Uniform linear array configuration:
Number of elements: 64
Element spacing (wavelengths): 1
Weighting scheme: hamming
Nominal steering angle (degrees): -45
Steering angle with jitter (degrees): -46.038
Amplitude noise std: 0.05
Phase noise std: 0.05

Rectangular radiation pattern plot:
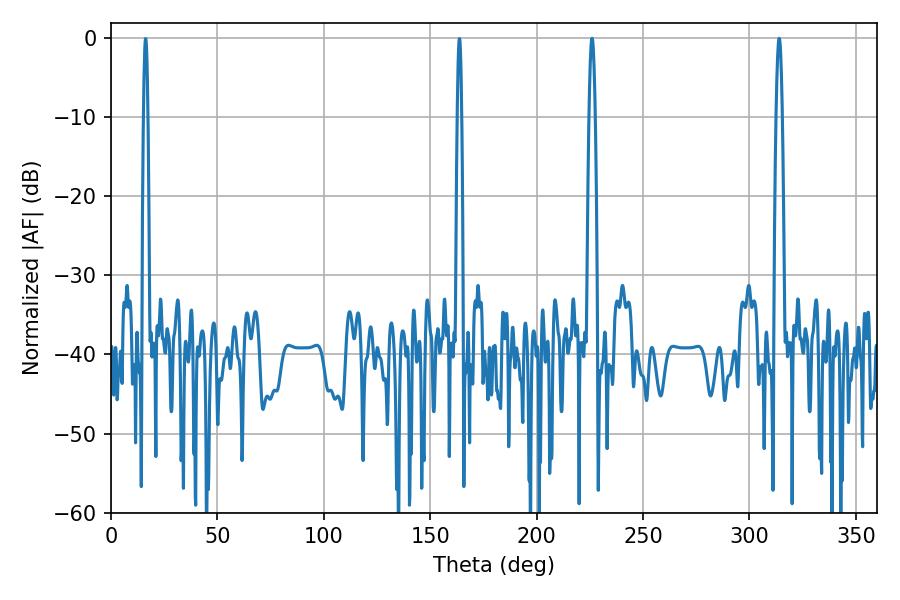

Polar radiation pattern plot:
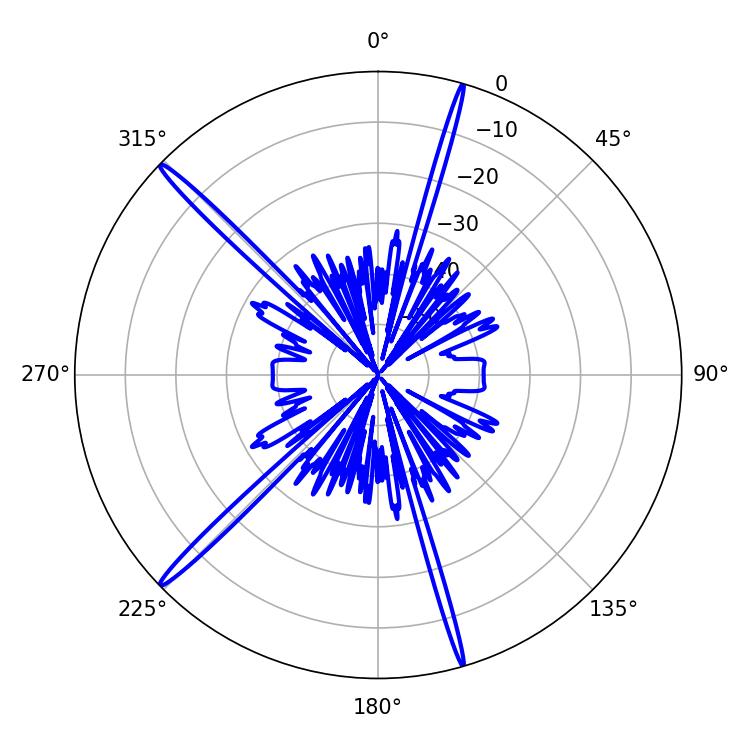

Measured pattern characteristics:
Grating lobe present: TRUE
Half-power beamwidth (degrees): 1.44
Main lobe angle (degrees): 313.92